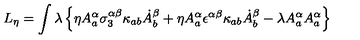
L _ { \eta } = \int \lambda \left\{ \eta A _ { a } ^ { \alpha } \sigma _ { 3 } ^ { \alpha \beta } \kappa _ { a b } \dot { A } _ { b } ^ { \beta } + \eta A _ { a } ^ { \alpha } \epsilon ^ { \alpha \beta } \kappa _ { a b } \dot { A } _ { b } ^ { \beta } - \lambda A _ { a } ^ { \alpha } A _ { a } ^ { \alpha } \right\}